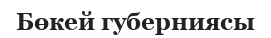
Бөкей губерниясы